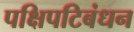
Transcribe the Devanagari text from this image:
पक्षिपटिबंधन